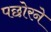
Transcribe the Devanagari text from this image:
पछोरने